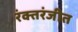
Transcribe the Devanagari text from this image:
रंक्तरंजीत